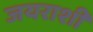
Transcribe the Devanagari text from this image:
जयराशी